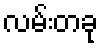
လမ်းတခု